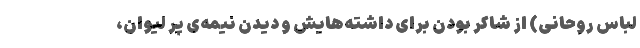
لباس روحانی) از شاکر بودن برای داشته‌هایش و دیدن نیمه‌ی پر لیوان،